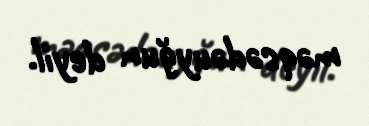
məqsədəuyğun deyil.